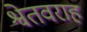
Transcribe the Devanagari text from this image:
श्वेतवराह